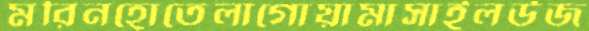
মরিনহোতেলাগোয়ামাসাইলউজ